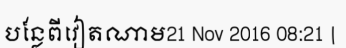
បន្លែពីវៀតណាម21 Nov 2016 08:21 |